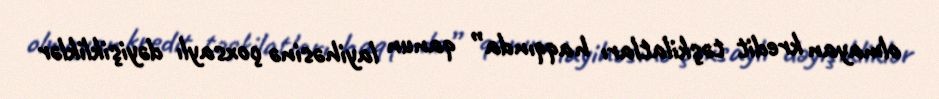
olmayan kredit təşkilatları haqqında” qanun layihəsinə çoxsaylı dəyişikliklər